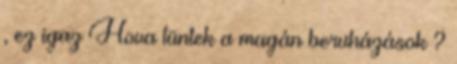
, ez igaz Hova tüntek a magán beruházások ?